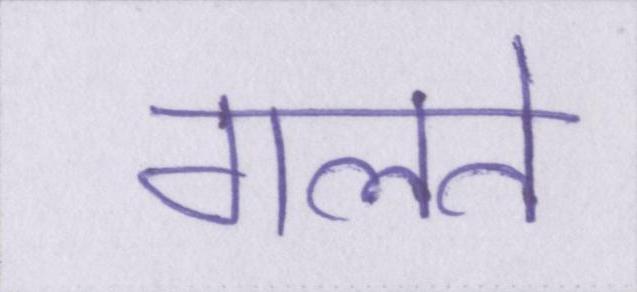
गलते